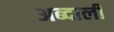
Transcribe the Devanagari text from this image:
अब्‍दाली